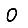
Digit: 0